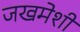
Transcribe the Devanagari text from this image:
जखमेशी